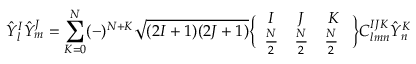
{ \hat { Y } } _ { l } ^ { I } { \hat { Y } } _ { m } ^ { J } = \sum _ { K = 0 } ^ { N } ( - ) ^ { N + K } \sqrt { ( 2 I + 1 ) ( 2 J + 1 ) } \Bigl \{ \begin{array} { c c c } { { I } } & { { J } } & { { K } } \\ { { { \frac { N } { 2 } } } } & { { { \frac { N } { 2 } } } } & { { { \frac { N } { 2 } } \ } } \end{array} \Bigr \} C _ { l m n } ^ { I J K } { \hat { Y } } _ { n } ^ { K }